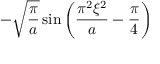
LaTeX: - { \sqrt { \frac { \pi } { a } } } \sin \left( { \frac { \pi ^ { 2 } \xi ^ { 2 } } { a } } - { \frac { \pi } { 4 } } \right)